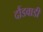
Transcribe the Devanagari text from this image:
दौंडवाडी